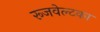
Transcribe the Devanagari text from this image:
रूजवेल्टका